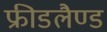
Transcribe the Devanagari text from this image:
फ्रीडलैण्ड